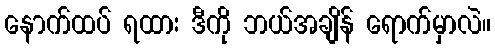
နောက်ထပ် ရထား ဒီကို ဘယ်အချိန် ရောက်မှာလဲ။